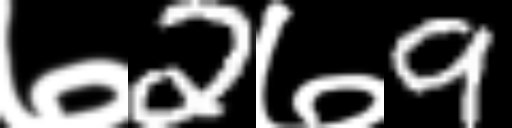
Text: ७2७9